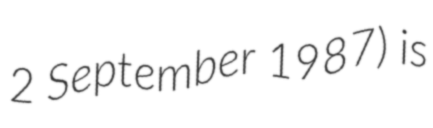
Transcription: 2 September 1987) is